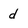
Character: d